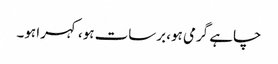
چاہے گرمی ہو، برسات ہو، کہرا ہو۔